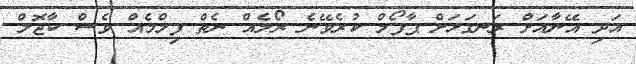
އަދި އޭނާއަށް ރަނގަޅަށް ޕާފޯމް ކުރެވޭނެ ރޯލެއް ނެތް ފިލްމެއް ވެސް ކާޖޮލް